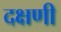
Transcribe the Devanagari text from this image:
दक्षणी